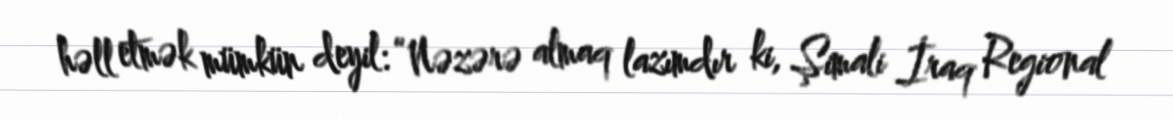
həll etmək mümkün deyil: “Nəzərə almaq lazımdır ki, Şimali İraq Regional